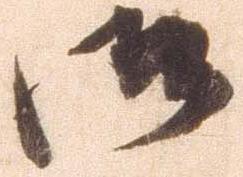
御